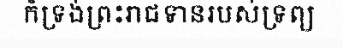
ក៏ទ្រង់ព្រះរាជទានរបស់ទ្រព្យ